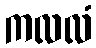
ကလလံ